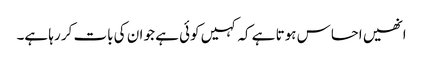
انھیں احساس ہوتا ہے کہ کہیں کوئی ہے جو ان کی بات کر رہا ہے۔